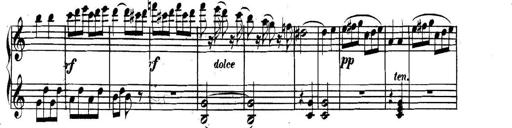
Title: Collected Piano Sonatas
Composer: Muzio Clementi